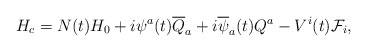
\begin{align*}H_c = N(t) H_{0} + i\psi^a(t) \overline {Q}_a + i\overline {\psi}_a(t) Q^a - V^i(t) {\cal F}_i, \end{align*}